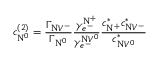
c _ { \mathrm { N } ^ { 0 } } ^ { ( 2 ) } = \frac { \Gamma _ { \mathrm { N } V ^ { - } } } { \Gamma _ { \mathrm { N } ^ { 0 } } } \frac { \gamma _ { e ^ { - } } ^ { \mathrm { N } ^ { + } } } { \gamma _ { e ^ { - } } ^ { \mathrm { N } V ^ { 0 } } } \frac { c _ { \mathrm { N } ^ { + } } ^ { * } c _ { \mathrm { N } V ^ { - } } ^ { * } } { c _ { \mathrm { N } V ^ { 0 } } ^ { * } }